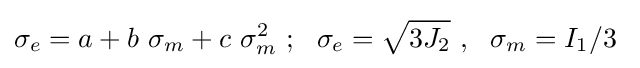
\sigma _{e}=a+b~\sigma _{m}+c~\sigma _{m}^{2}~;~~\sigma _{e}={\sqrt {3J_{2}}}~,~~\sigma _{m}=I_{1}/3~